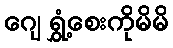
ဂျေ ရွှံ့စေးကိုမိမိ